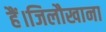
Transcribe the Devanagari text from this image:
हैं।जिलौखाना